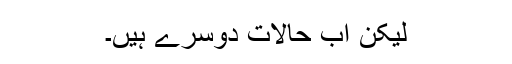
لیکن اب حالات دوسرے ہیں۔